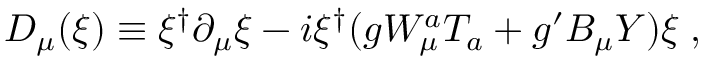
{ \cal D } _ { \mu } ( \xi ) \equiv \xi ^ { \dagger } \partial _ { \mu } \xi - i \xi ^ { \dagger } ( g W _ { \mu } ^ { a } T _ { a } + g ^ { \prime } B _ { \mu } Y ) \xi \; ,